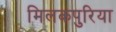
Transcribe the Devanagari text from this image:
मिलकपुरिया